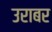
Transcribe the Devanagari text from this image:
उराबर